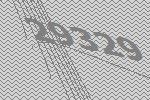
29329